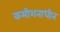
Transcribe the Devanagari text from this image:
कमीशनाधीन